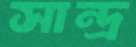
সান্দ্র